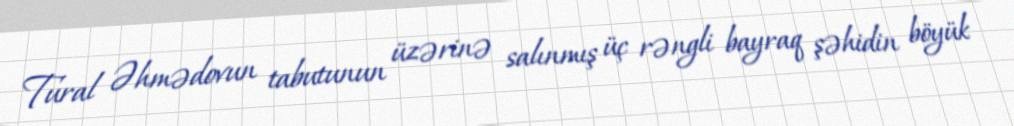
Tural Əhmədovun tabutunun üzərinə salınmış üç rəngli bayraq şəhidin böyük